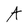
Character: A